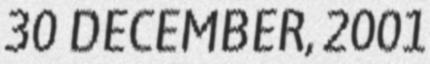
30 DECEMBER, 2001